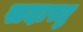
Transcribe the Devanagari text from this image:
सदास्तु